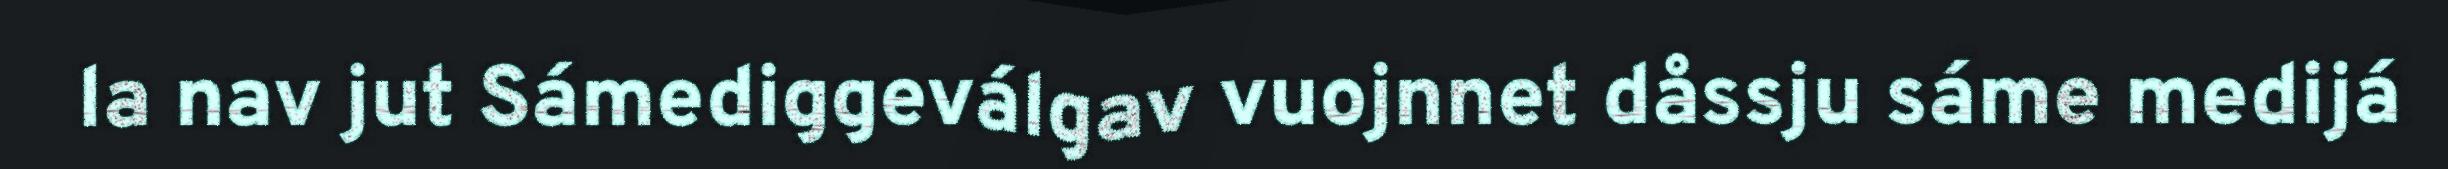
la nav jut Sámediggeválgav vuojnnet dåssju sáme medijá